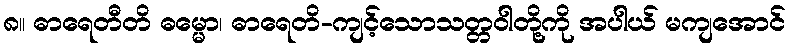
၈။ ဓာရေတီတိ ဓမ္မော၊ ဓာရေတိ-ကျင့်သောသတ္တဝါတို့ကို အပါယ် မကျအောင်